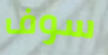
سوف